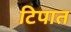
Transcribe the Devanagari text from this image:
टिपात